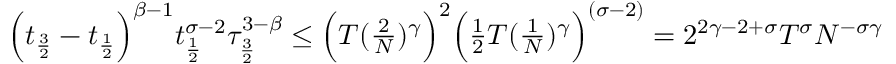
\begin{array} { r } { \Big ( t _ { \frac { 3 } { 2 } } - t _ { \frac { 1 } { 2 } } \Big ) ^ { \beta - 1 } t _ { \frac { 1 } { 2 } } ^ { \sigma - 2 } \tau _ { \frac { 3 } { 2 } } ^ { 3 - \beta } \le \Big ( T ( \frac { 2 } { N } ) ^ { \gamma } \Big ) ^ { 2 } \Big ( \frac { 1 } { 2 } T ( \frac { 1 } { N } ) ^ { \gamma } \Big ) ^ { ( \sigma - 2 ) } = 2 ^ { 2 \gamma - 2 + \sigma } T ^ { \sigma } N ^ { - \sigma \gamma } } \end{array}